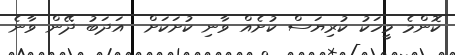
ކޮންމެ މީހަކު ކުރިޔަސް ކުށެއް ވާނި ކުށަކަށް  އަދަބު ދޭން ވާނެ